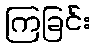
ကြခြင်း